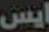
ايس